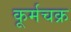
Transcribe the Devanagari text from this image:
कूर्मचक्र